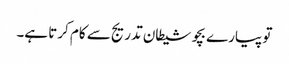
تو پیارے بچو شیطان تدریج سے کام کرتا ہے۔